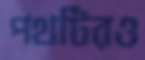
পথটিরও